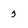
Character: 5